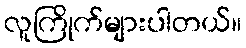
လူကြိုက်များပါတယ်။